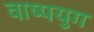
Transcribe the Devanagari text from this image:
वाष्पयुग